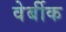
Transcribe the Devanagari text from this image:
वेर्बीक